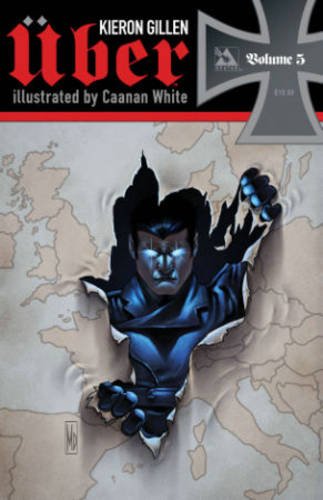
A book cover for Uber Volume 5 TP (Uber Tp); Kieron Gillen; Comics & Graphic Novels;